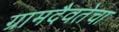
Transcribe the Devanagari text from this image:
ग्रामदैवतेचा